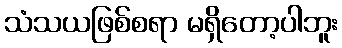
သံသယဖြစ်စရာ မရှိတော့ပါဘူး